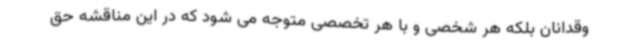
وقدانان بلکه هر شخصی و با هر تخصصی متوجه می شود که در این مناقشه حق